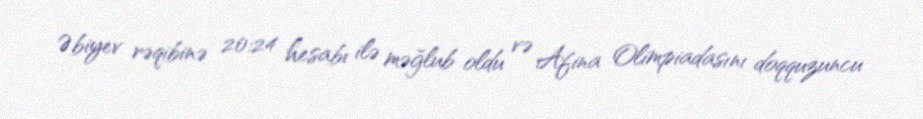
Əbiyev rəqibinə 20:24 hesabı ilə məğlub oldu və Afina Olimpiadasını doqquzuncu